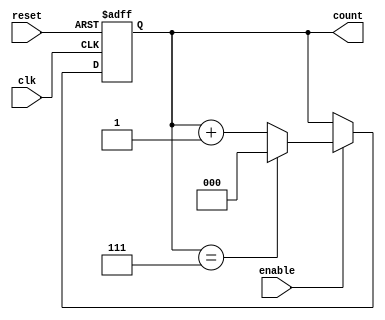
module ModulusCounter #(
    parameter MODULUS = 8  // Set the modulus value (default is 8)
)(
    input wire clk,         // Clock input
    input wire reset,       // Asynchronous reset (active high)
    input wire enable,      // Enable input (optional)
    output reg [$clog2(MODULUS)-1:0] count // Current count value output
);

// Asynchronous reset and counting logic
always @(posedge clk or posedge reset) begin
    if (reset) begin
        count <= 0; // Reset the count to zero
    end else if (enable) begin
        if (count == MODULUS - 1) begin
            count <= 0; // Reset to zero when modulus is reached
        end else begin
            count <= count + 1; // Increment the count
        end
    end
end

endmodule